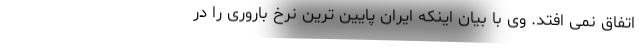
اتفاق نمی افتد. وی با بیان اینکه ایران پایین ترین نرخ باروری را در